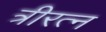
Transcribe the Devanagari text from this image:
त्रीरत्न